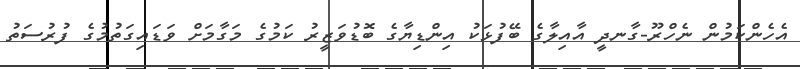
އެހެންކަމުން ނެހްރޫ-ގާނދީ އާއިލާގެ ބޭފުޅަކު އިންޑިޔާގެ ބޮޑުވަޒީރު ކަމުގެ މަގާމަށް ވަޑައިގަތުމުގެ ފުރުސަތު